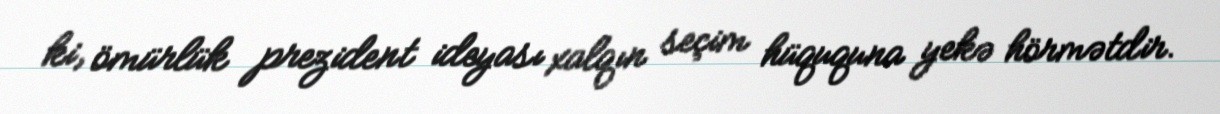
ki, ömürlük prezident ideyası xalqın seçim hüququna yekə hörmətdir.